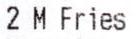
2 M FRIES